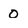
Character: 0